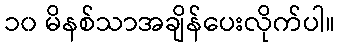
၁၀ မိနစ်သာအချိန်ပေးလိုက်ပါ။